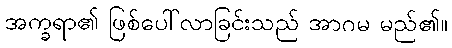
အက္ခရာ၏ ဖြစ်ပေါ်လာခြင်းသည် အာဂမ မည်၏။